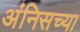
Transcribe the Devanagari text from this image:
अंनिसच्या